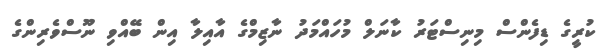
ކުރީގެ ޑިފެންސް މިނިސްޓަރު ކާނަލް މުހައްމަދު ނާޒިމްގެ އާއިލާ އިން ބޭއްވި ނޫސްވެރިންގެ